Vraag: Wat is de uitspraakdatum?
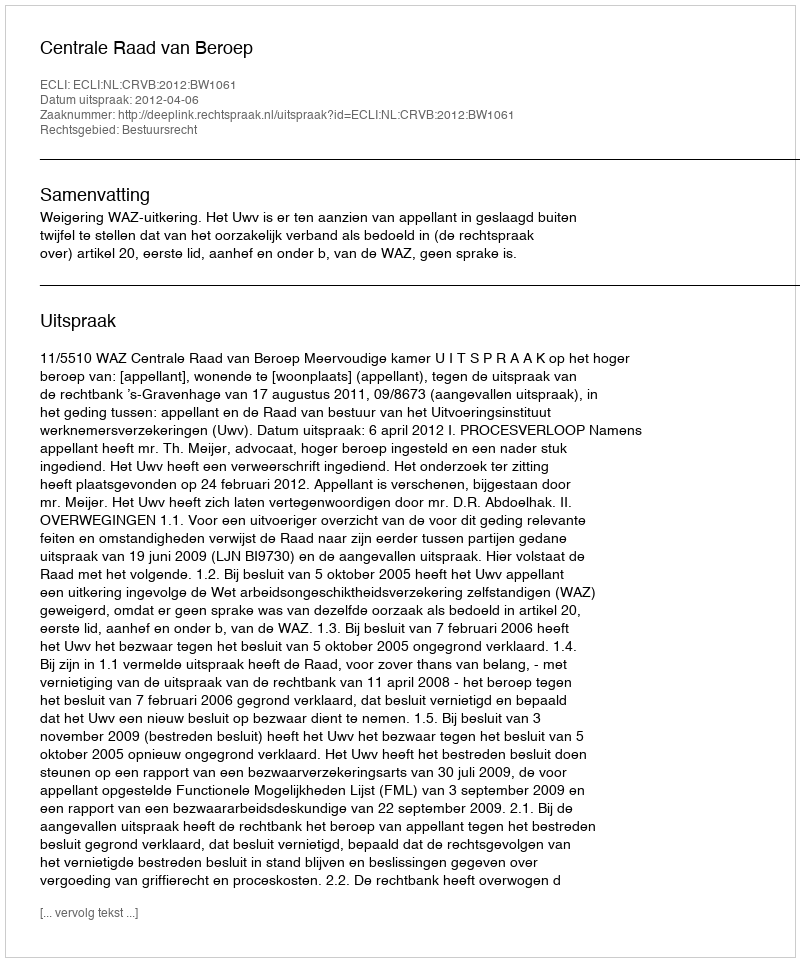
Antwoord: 2012-04-06